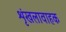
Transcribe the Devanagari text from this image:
शृंखलावाहक